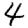
Digit: 4